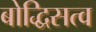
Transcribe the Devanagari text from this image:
बोद्धिसत्व